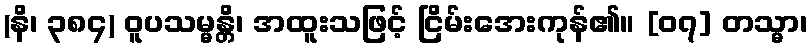
(နိ၊ ၃၈၄) ဝူပသမ္မန္တိ၊ အထူးသဖြင့် ငြိမ်းအေးကုန်၏။ [၀၇] တသ္မာ၊